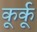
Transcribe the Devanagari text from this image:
कूर्कू